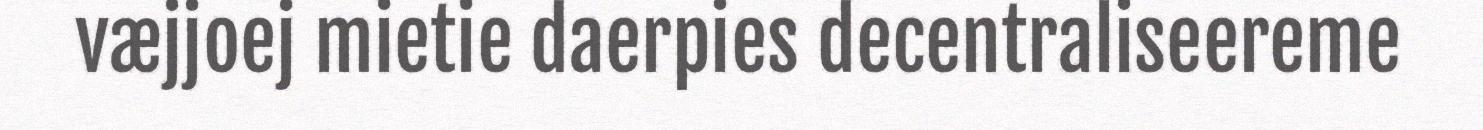
væjjoej mietie daerpies decentraliseereme